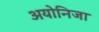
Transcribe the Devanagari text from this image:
अयोनिजा